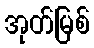
အုတ်မြစ်